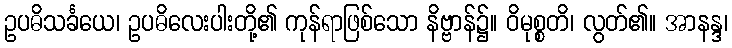
ဥပဓိသင်္ခယေ၊ ဥပဓိလေးပါးတို့၏ ကုန်ရာဖြစ်သော နိဗ္ဗာန်၌။ ဝိမုစ္စတိ၊ လွတ်၏။ အာနန္ဒ၊